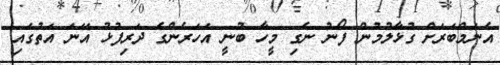
އެނަމްބަރަށް ގުޅާލުމުން ފޯނު ނެގި މީހާ ބުނީ އަހަރެންގެ ދަރިފުޅު އޭނަ އަތުގައި